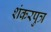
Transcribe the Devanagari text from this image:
शंकरपुत्र